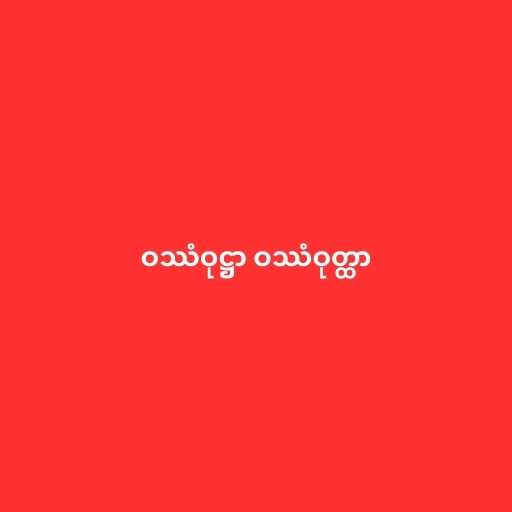
ဝဿံဝုဋ္ဌာ ဝဿံဝုတ္ထာ